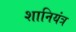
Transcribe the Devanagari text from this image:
शानियंत्र